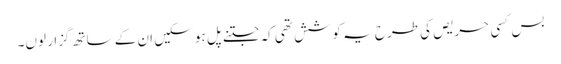
بس کسی حریص کی طرح یہ کوشش تھی کہ جتنے پل ہو سکیں ان کے ساتھ گزار لوں۔